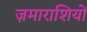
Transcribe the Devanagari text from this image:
ज़माराशियों